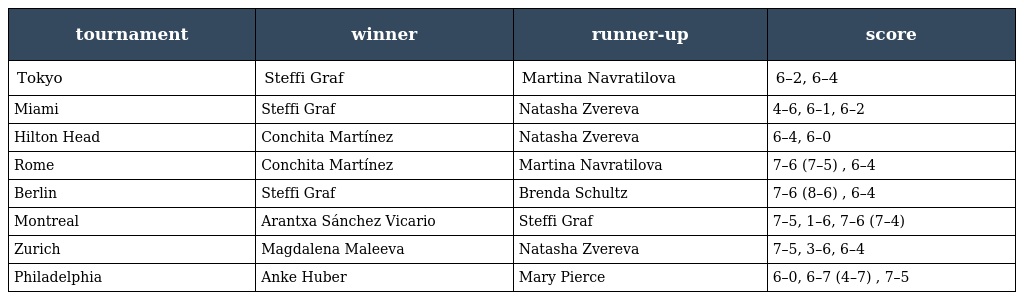
| tournament | winner | runner-up | score |
 | --- | --- | --- | --- |
 | Tokyo | Steffi Graf | Martina Navratilova | 6–2, 6–4 |
 | Miami | Steffi Graf | Natasha Zvereva | 4–6, 6–1, 6–2 |
 | Hilton Head | Conchita Martínez | Natasha Zvereva | 6–4, 6–0 |
 | Rome | Conchita Martínez | Martina Navratilova | 7–6 (7–5) , 6–4 |
 | Berlin | Steffi Graf | Brenda Schultz | 7–6 (8–6) , 6–4 |
 | Montreal | Arantxa Sánchez Vicario | Steffi Graf | 7–5, 1–6, 7–6 (7–4) |
 | Zurich | Magdalena Maleeva | Natasha Zvereva | 7–5, 3–6, 6–4 |
 | Philadelphia | Anke Huber | Mary Pierce | 6–0, 6–7 (4–7) , 7–5 |